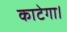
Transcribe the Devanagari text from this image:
काटेगा।